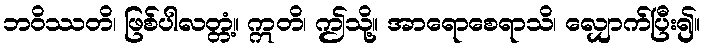
ဘဝိဿတိ၊ ဖြစ်ပါလတ္တံ့။ ဣတိ၊ ဤသို့။ အာရောစေရာသိ၊ လျှောက်ပြီး၍။